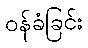
ဝန်ခံခြင်း